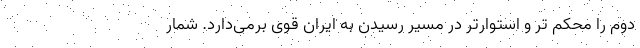
دوم را محکم تر و استوارتر در مسیر رسیدن به ایران قوی برمی‌دارد. شمار